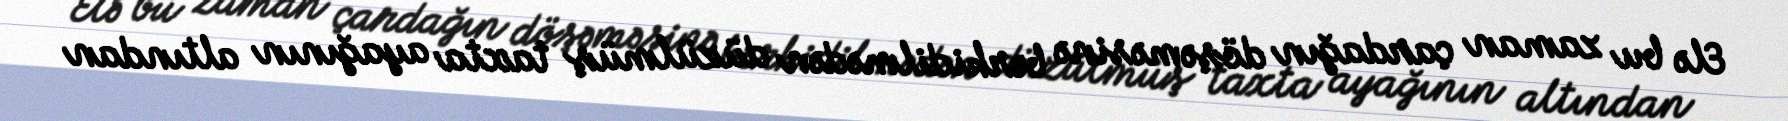
Elə bu zaman çardağın döşəməsinə bərkidilmədən düzülmüş taxta ayağının altından